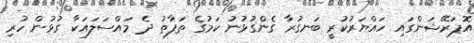
އޮޕަރޭޝަންގައި ހައްޔަރުކުރީ ބަނގުރާ ގެންގުޅުނު ކަމުގެ ތަފާތު ދެ މައްސަލައަކާ ގުޅުން ހުރި